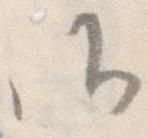
候